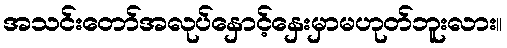
အသင်းတော်အလုပ်နှောင့်နှေးမှာမဟုတ်ဘူးလား။